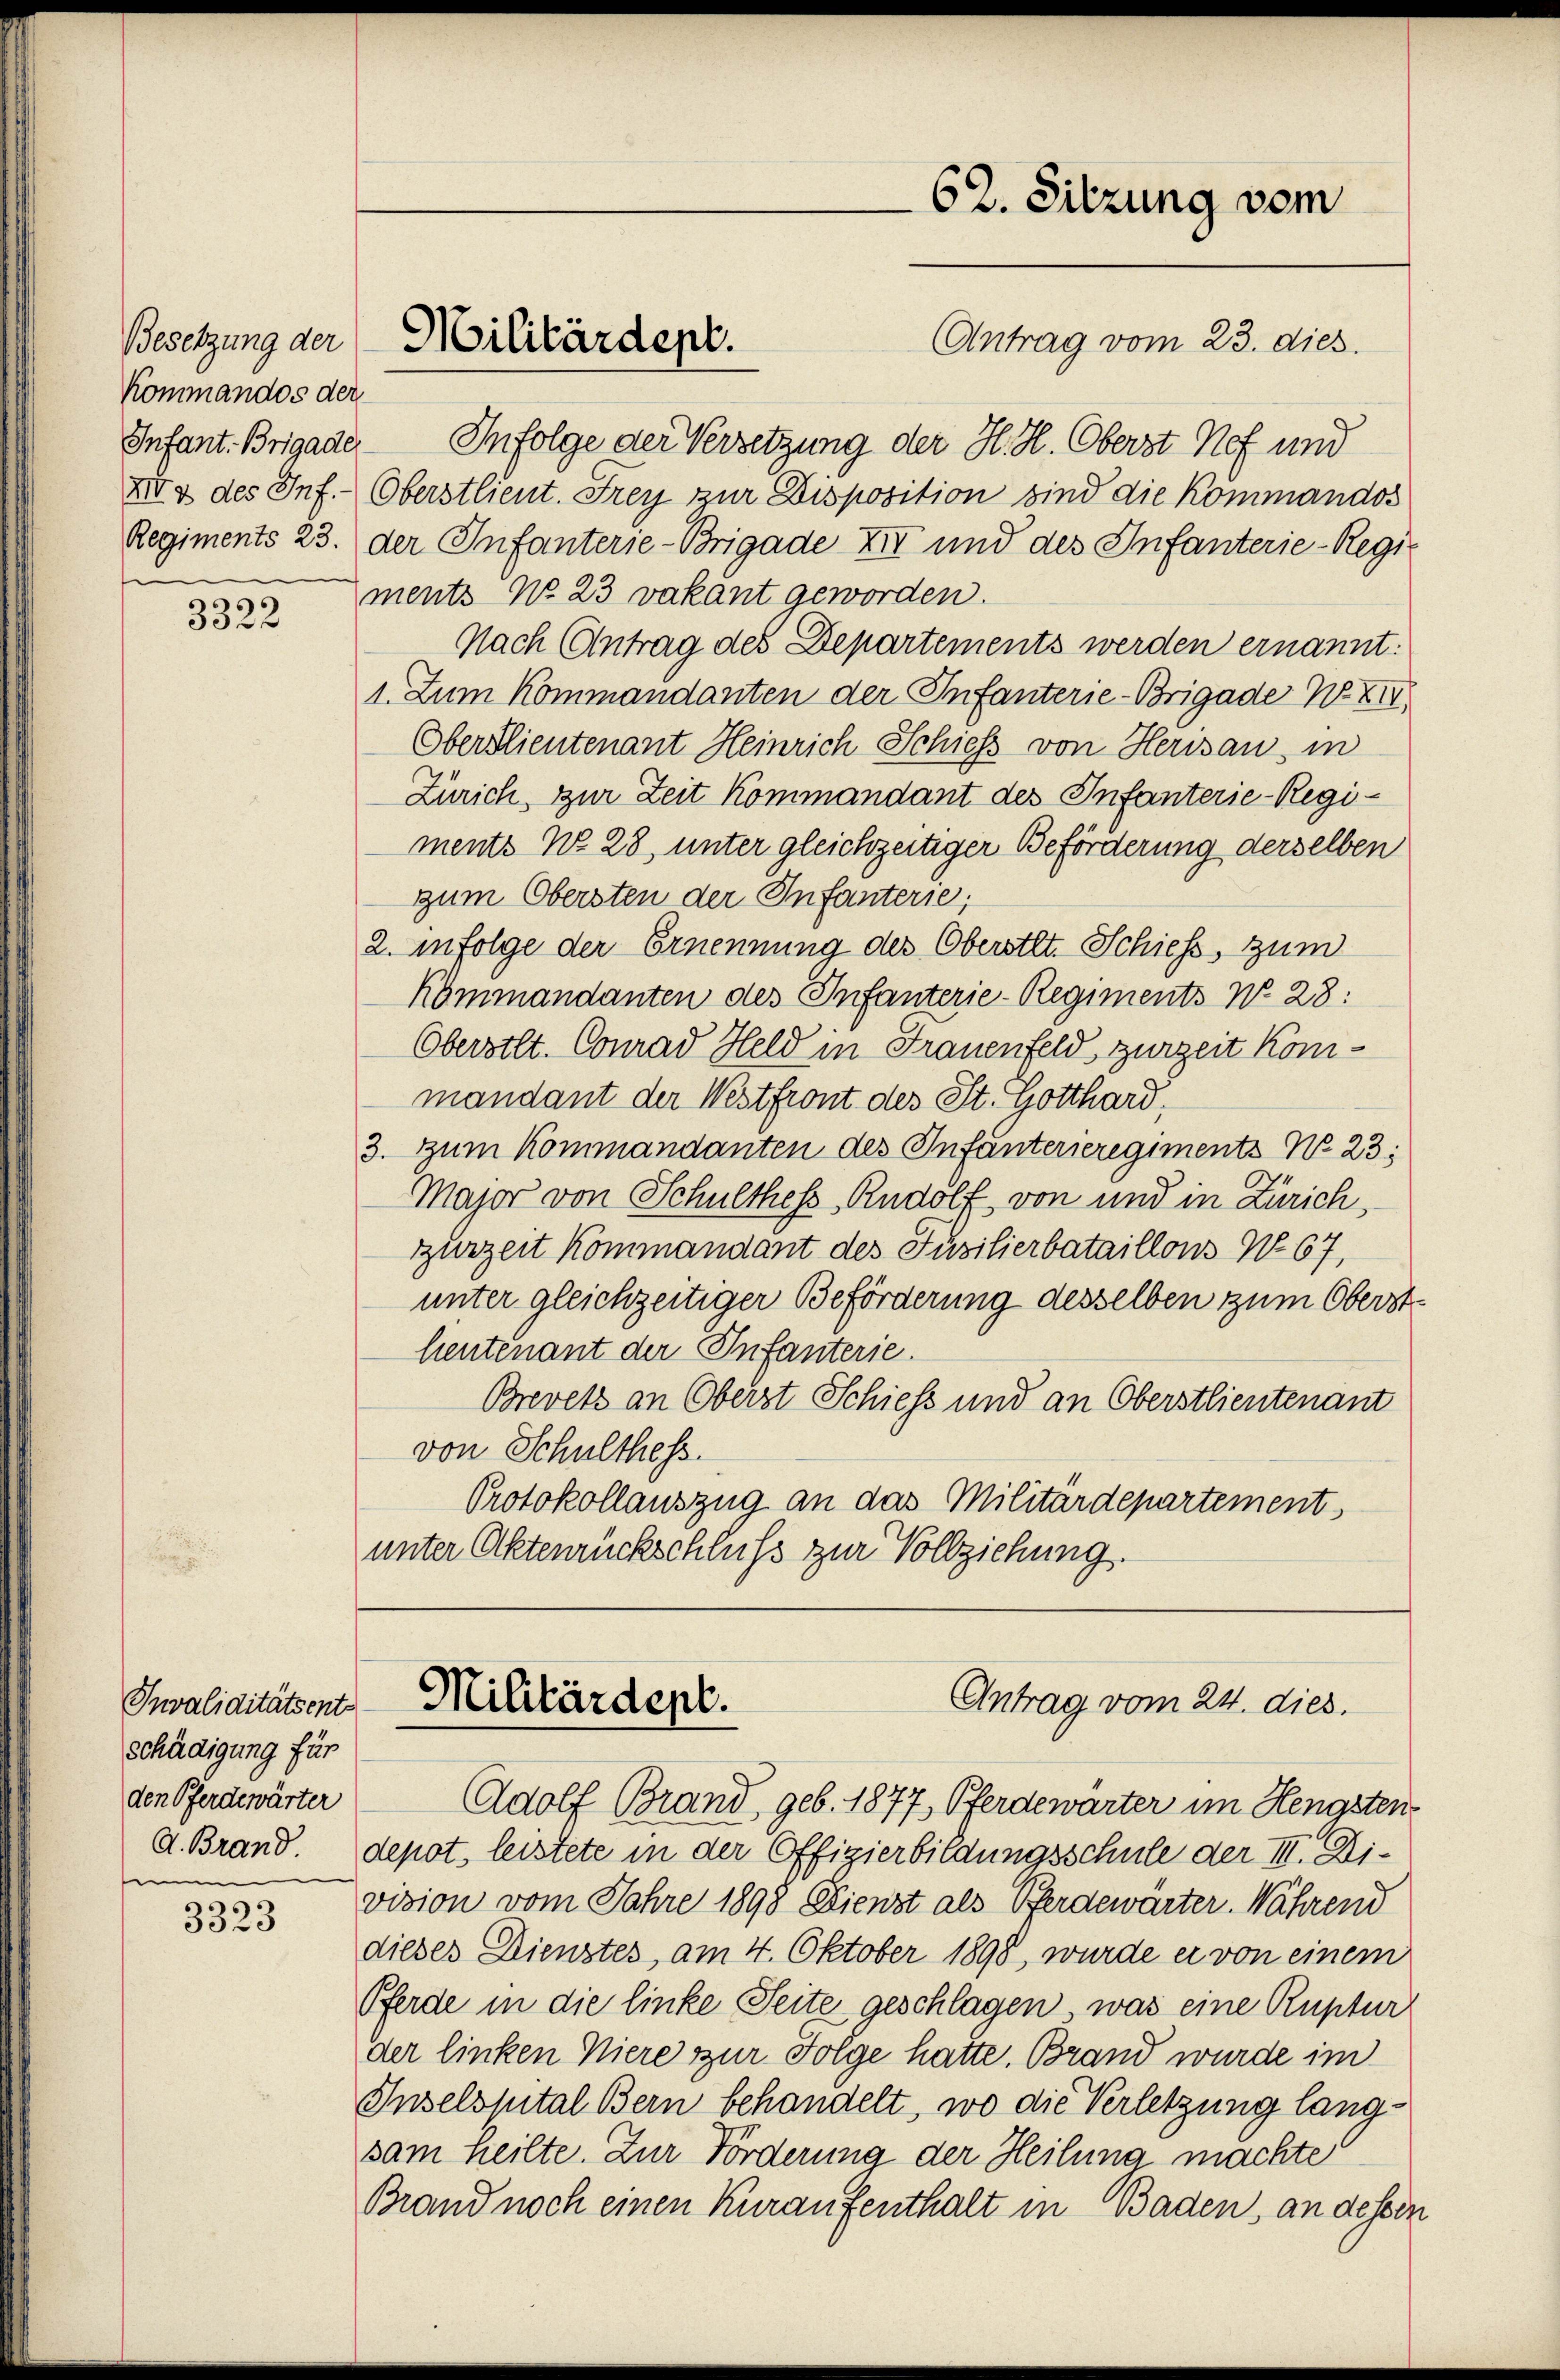
Kommandos der

3322

Invaliditätsent
schädigung für
den Pferdewärter
s

3323

Infant. Brigade Infolge der Versetzung der H. H. Oberst Nef und
XII4 des Inf. Oberstlieut. Frey zur Disposition sind die Kommandos
Regiments 23. der Infanterie-Brigade XIV und des Infanterie-Regi
ments No 23 vakant geworden.
Nach Antrag des Departements werden ernannt:
1. Zum Kommandanten der Infanterie-Brigade No XIV,
Oberstlieutenant Heinrich Schieß von Herisau in
Zürich, zur Zeit kommandant des Infanterie-Regiments No. 28, unter gleichzeitiger Beförderung derselben
zum Obersten der Infanterie;
2. infolge der Ernennung des Oberstet. Schiess, zum
Kommandanten des Infanterie-Regiments N. 28:
Obersilt. Conrad Held in Frauenfeld zurzeit kommandant der Westfront des St. Gotthard,
3. zum Kommandanten des Infanterieregiments No 23;
Major von Schulthess, Rudolf von und in Zürich,
tzurzeit kommandant des Füsilierbataillons No 67,
unter gleichzeitiger Beförderung desselben zum Oberstheutenant der Infanterie.
Brevets an Oberst Schiess und an Oberstlieutenant
von Schulthess.
Protokollauszug an das Militärdepartement,
unter Aktenrückschluss zur Vollziehung.

Besetzung der Militärdept.

Adolf Brand, geb. 1877, Pferdewärter im Hengsten
d. Brand. Depot, leistete in der Offizierbildungsschule der III. Division vom Jahre 1898 Eienst als Pergewärter. Während
dieses Dienstes, am 4. Oktober 1898, wurde er von einem
Pferde in die linke Seite geschlagen, was eine Ruptur
der linken Viere zur Folge hatte. Brand wurde im
Inselspital Bern behandelt, wo die Verletzung langsam heilte. Zur Förderung der Heilung machte
Brand noch einen Kuraufenthalt in Baden, an dessen

Militärdept.

62. Sitzung vom
Antrag vom 23. dies

Antrag vom 24. dies.